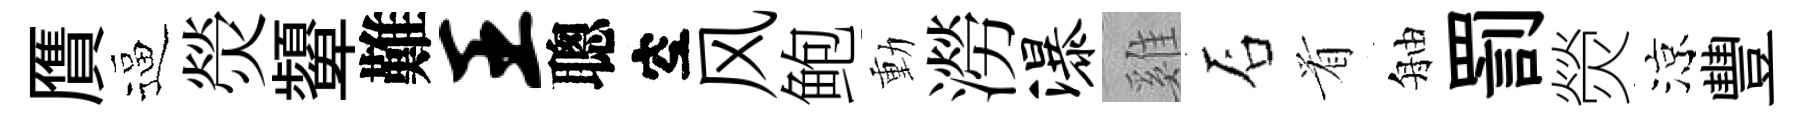
贋逼熒顰難王聰空风鲍動澇瀑雞石㸔舳罰熒涼豐